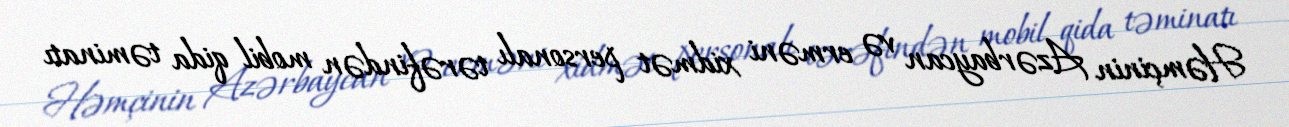
Həmçinin Azərbaycan və erməni xidmət personalı tərəfindən mobil qida təminatı